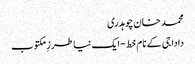
محمد خان چوہدری
دادا جی کے نام خط- ایک نیا طرزِ مکتوب